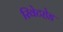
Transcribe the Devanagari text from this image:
रिवेटहेड